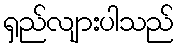
ရှည်လျားပါသည်